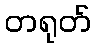
တရုတ်